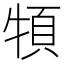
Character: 𩑩